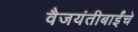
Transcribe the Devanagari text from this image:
वैजयंतीबाईंचे